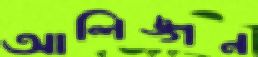
আলিঙ্গন